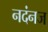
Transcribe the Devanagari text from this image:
नदंनज